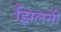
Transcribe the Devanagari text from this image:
झिलनी